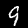
Digit: 9